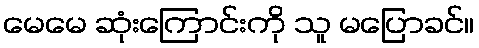
မေမေ ဆုံးကြောင်းကို သူ မပြောခင်။